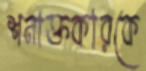
শনাক্তকারকে